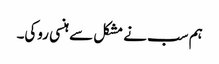
ہم سب نے مشکل سے ہنسی روکی۔